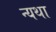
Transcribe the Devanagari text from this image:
न्यथा